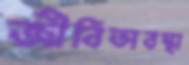
জীবিতাবস্থা